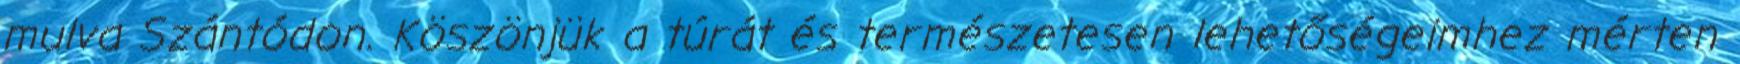
mulva Szántódon. Köszönjük a túrát és természetesen lehetőségeimhez mérten